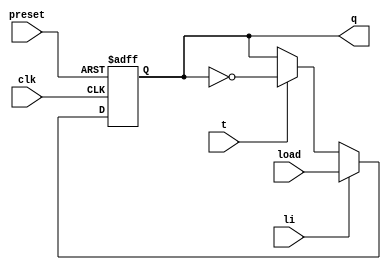
module tflipflop(t, clk, preset, li, load, q);
input t, clk, li, load, preset;
output reg q;

always @(posedge clk or negedge preset) begin

	if (preset == 0) begin
		q <= 1; 
	end else if(li == 1 ) begin
		q <= load; 
	end else if (t == 1) begin
		q <= ~q; 
	end else begin
		q <= q;
	end
	
end

endmodule